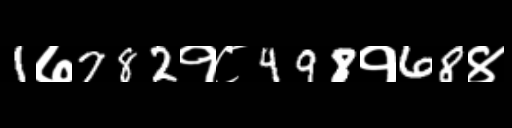
Text: 1७782१८498१68४